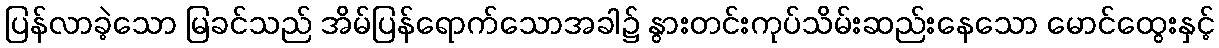
ပြန်လာခဲ့သော မြခင်သည် အိမ်ပြန်ရောက်သောအခါ၌ နွားတင်းကုပ်သိမ်းဆည်းနေသော မောင်ထွေးနှင့်